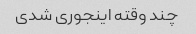
چند وقته اینجوری شدی